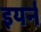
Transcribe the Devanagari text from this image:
इयर्न